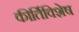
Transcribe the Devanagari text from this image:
कीर्तिविशेष